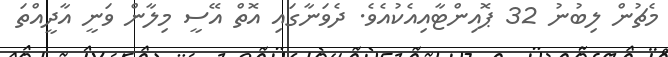
މެޗުން ލިބުނު 32 ޕޮއިންޓާއިއެކުއެވެ. ދެވަނާގައި އޮތް އޭސީ މިލާން ވަނީ އާދީއްތަ